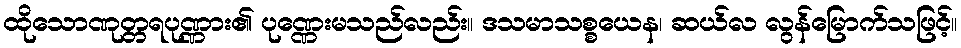
ထိုသောဏုတ္တရပုဏ္ဏား၏ ပုဏ္ဏေးမသည်လည်း။ ဒသမာသစ္စယေန၊ ဆယ်လ လွန်မြောက်သဖြင့်။